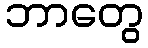
ဘာတွေ